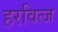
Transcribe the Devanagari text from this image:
हरवित्ज